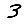
Digit: 3